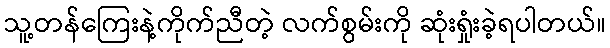
သူ့တန်ကြေးနဲ့ကိုက်ညီတဲ့ လက်စွမ်းကို ဆုံးရှုံးခဲ့ရပါတယ်။